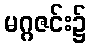
မဂ္ဂဇင်း၌